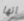
انها